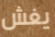
يغش